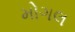
મોગલ